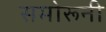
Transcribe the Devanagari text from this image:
समोरूनी